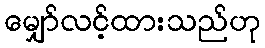
မျှော်လင့်ထားသည်ဟု